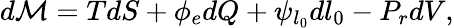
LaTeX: d\mathcal{M}=TdS+\phi_{e}dQ+\psi_{l_{0}}dl_{0}-P_{r}dV,